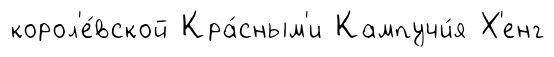
корол'е́вской Кра́сным'и Кампучи́я Х'енг